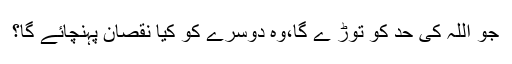
جو اللہ کی حد کو توڑ ے گا،وہ دوسرے کو کیا نقصان پہنچائے گا؟